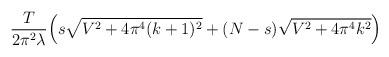
LaTeX: \begin{align*}\frac{T}{2\pi^2\lambda} \Big( s\sqrt{V^2 +4\pi^4(k+1)^2} +(N-s)\sqrt{V^2+4\pi^4 k^2} \Big)\end{align*}